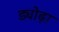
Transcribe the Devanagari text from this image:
ड्योढ़ा